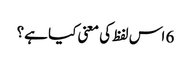
6 اس لفظ کی معنی کیا ہے؟